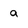
Character: a